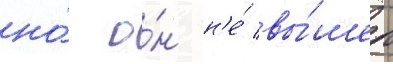
но́ о́н н'е́ вы́шел